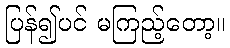
ပြန်၍ပင် မကြည့်တော့။